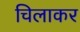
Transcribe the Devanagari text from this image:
चिलाकर